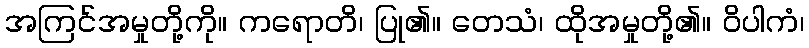
အကြင်အမှုတို့ကို။ ကရောတိ၊ ပြု၏။ တေသံ၊ ထိုအမှုတို့၏။ ဝိပါကံ၊